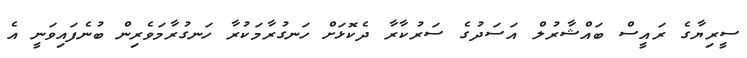
ސީރިޔާގެ ރައީސް ބައްޝާރުލް އަސަދުގެ ސަރުކާރާ ދެކޮޅަށް ހަނގުރާމަކުރާ ހަނގުރާމަވެރިން ބުނެފައިވަނީ އެ